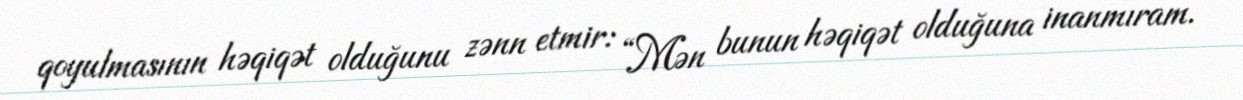
qoyulmasının həqiqət olduğunu zənn etmir: “Mən bunun həqiqət olduğuna inanmıram.